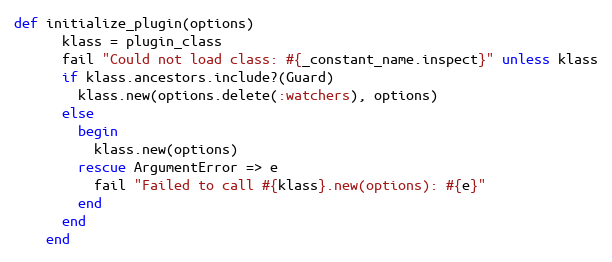
Language: Ruby
def initialize_plugin(options)
      klass = plugin_class
      fail "Could not load class: #{_constant_name.inspect}" unless klass
      if klass.ancestors.include?(Guard)
        klass.new(options.delete(:watchers), options)
      else
        begin
          klass.new(options)
        rescue ArgumentError => e
          fail "Failed to call #{klass}.new(options): #{e}"
        end
      end
    end